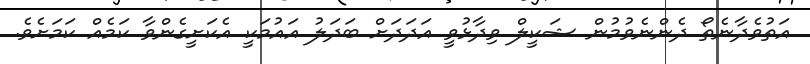
އަތުވެދާނެތޯ ދެންނެވުމުން ޝަކީލް ވިދާޅުވީ އަދަދަށް ބަދަލު އައުމަކީ އެކަށީގެންވާ ކަމެއް ކަމަށެވެ.